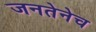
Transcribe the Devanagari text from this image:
जनतेनेच